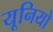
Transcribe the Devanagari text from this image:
यूनियो